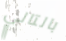
بالتالي